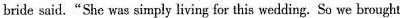
bride said."She was simply living for this wedding. So we brought